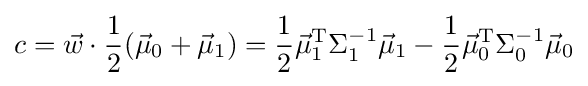
c={\vec {w}}\cdot {\frac {1}{2}}({\vec {\mu }}_{0}+{\vec {\mu }}_{1})={\frac {1}{2}}{\vec {\mu }}_{1}^{\mathrm {T} }\Sigma _{1}^{-1}{\vec {\mu }}_{1}-{\frac {1}{2}}{\vec {\mu }}_{0}^{\mathrm {T} }\Sigma _{0}^{-1}{\vec {\mu }}_{0}